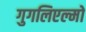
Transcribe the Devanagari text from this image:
गुगलिएल्मो